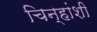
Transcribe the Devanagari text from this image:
चिन्हांशी